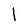
Character: 1